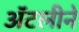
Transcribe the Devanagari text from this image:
अॅटलीने